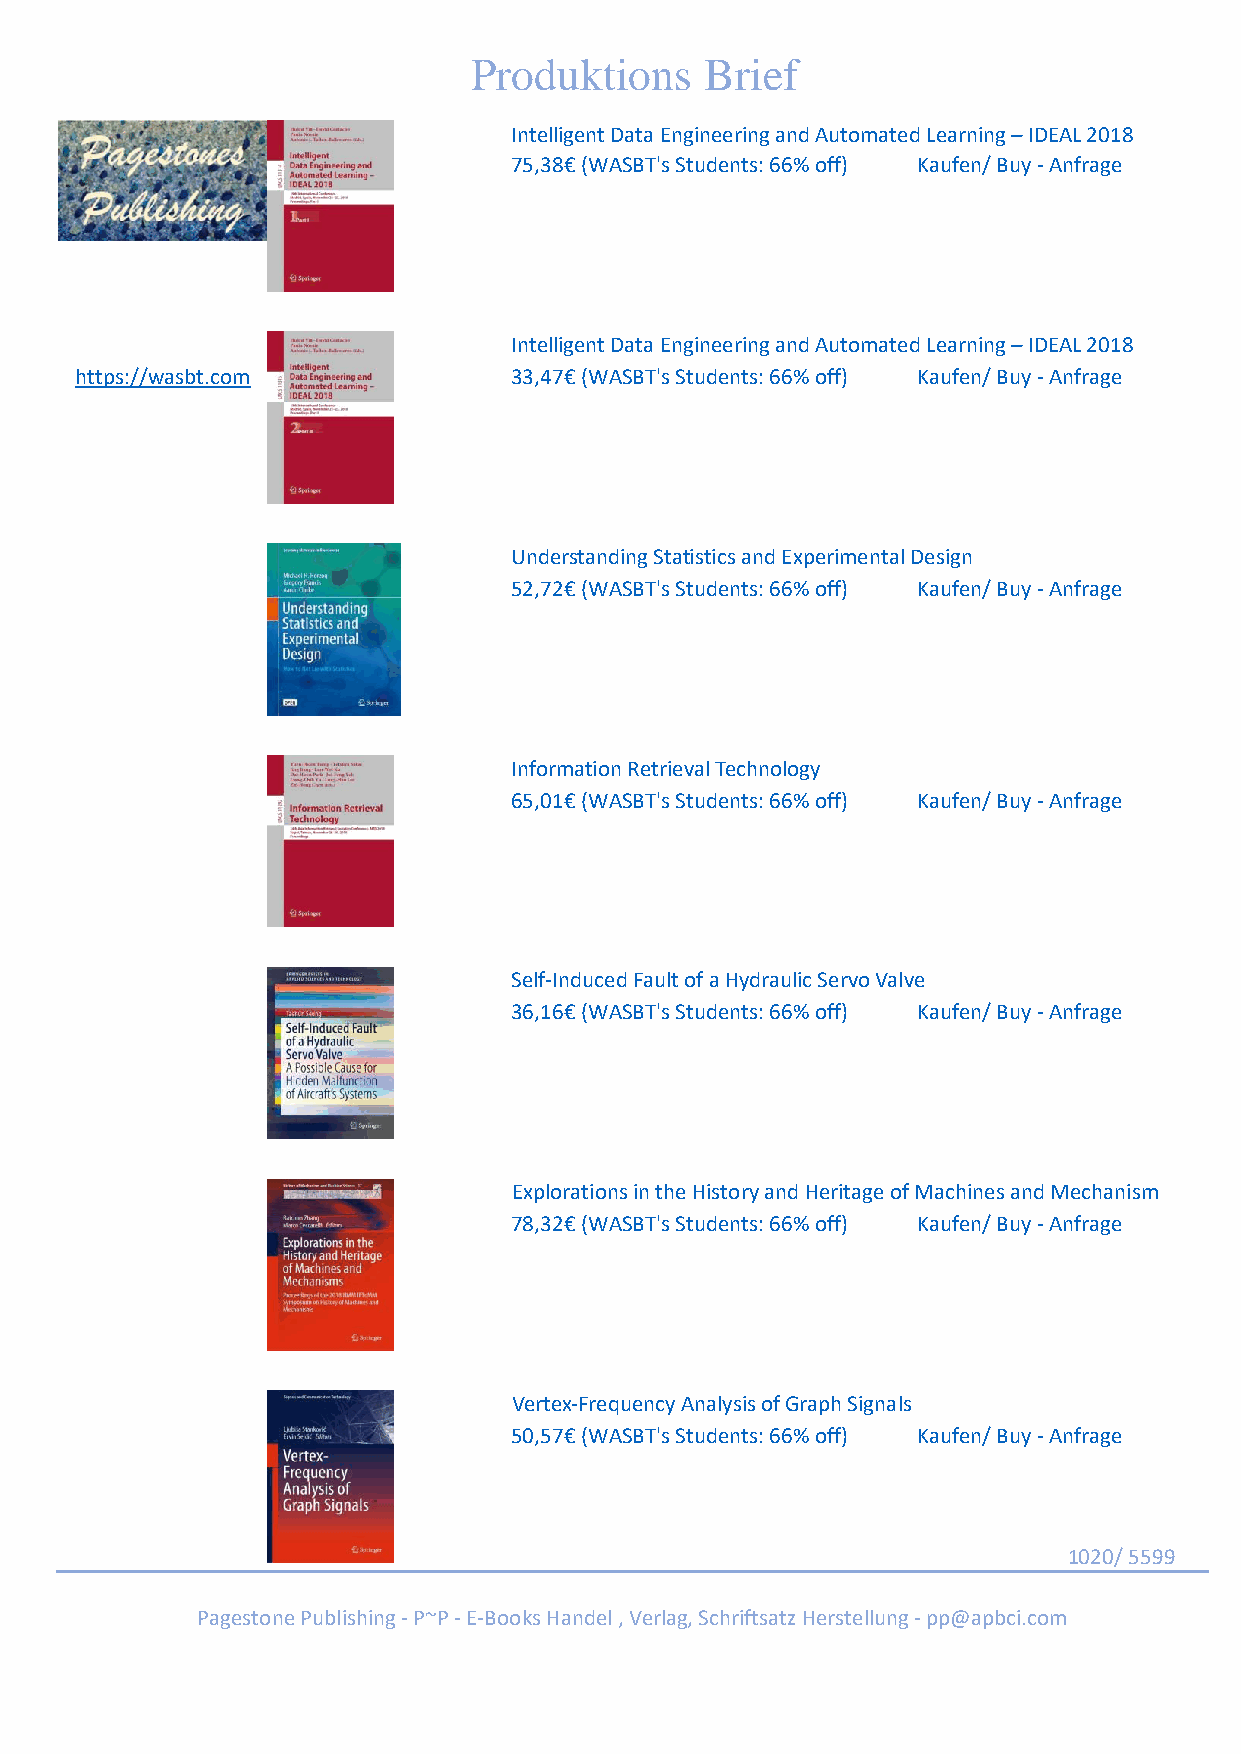
Produktions     Brief
 Intelligent Data Engineering and Automated Learning – IDEAL 2018
 75,38€ (WASBT's Students: 66% off) Kaufen/ Buy - Anfrage
 Intelligent Data Engineering and Automated Learning – IDEAL 2018
 https://wasbt.com            33,47€ (WASBT's Students: 66% off) Kaufen/ Buy - Anfrage
 Understanding Statistics and Experimental Design
 52,72€ (WASBT's Students: 66% off) Kaufen/ Buy - Anfrage
 Information Retrieval Technology
 65,01€ (WASBT's Students: 66% off) Kaufen/ Buy - Anfrage
 Self-Induced Fault of a Hydraulic Servo Valve
 36,16€ (WASBT's Students: 66% off) Kaufen/ Buy - Anfrage
 Explorations in the History and Heritage of Machines and Mechanism
 78,32€ (WASBT's Students: 66% off) Kaufen/ Buy - Anfrage
 Vertex-Frequency Analysis of Graph Signals
 50,57€ (WASBT's Students: 66% off) Kaufen/ Buy - Anfrage
 1020/ 5599
 Pagestone Publishing - P~P - E-Books Handel , Verlag, Schriftsatz Herstellung - pp@apbci.com